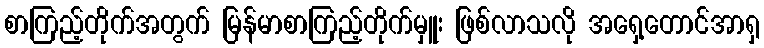
စာကြည့်တိုက်အတွက် မြန်မာစာကြည့်တိုက်မှူး ဖြစ်လာသလို အရှေ့တောင်အာရှ